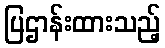
ပြဌာန်းထားသည့်